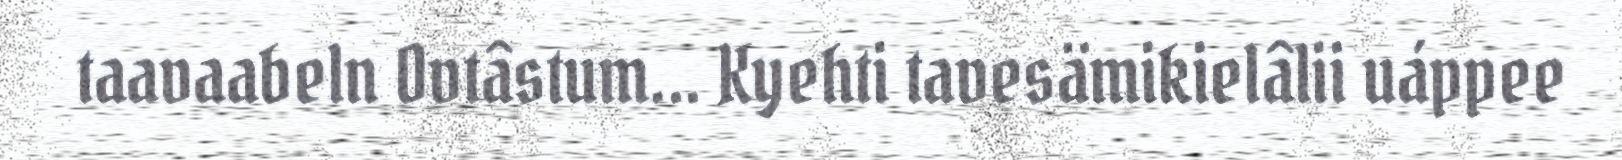
taavaabeln Ovtâstum... Kyehti tavesämikielâlii uáppee